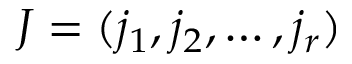
J = ( j _ { 1 } , j _ { 2 } , \dots , j _ { r } )